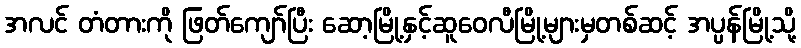
အလင် တံတားကို ဖြတ်ကျော်ပြီး ဆော့မြို့နှင့်ဆူဝေလီမြို့များမှတစ်ဆင့် အပ္ပန်မြို့သို့